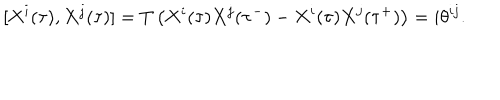
[ X ^ { i } ( \tau ) , X ^ { j } ( \tau ) ] = T \left( X ^ { i } ( \tau ) X ^ { j } ( \tau ^ { - } ) - X ^ { i } ( \tau ) X ^ { j } ( \tau ^ { + } ) \right) = i \theta ^ { i j } .